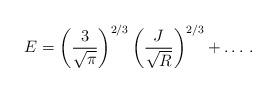
LaTeX: \begin{align*}E=\left(\frac{3}{\sqrt{\pi}}\right)^{2/3}\left(\frac{J}{\sqrt{R}}\right)^{2/3}+\ldots\,.\end{align*}